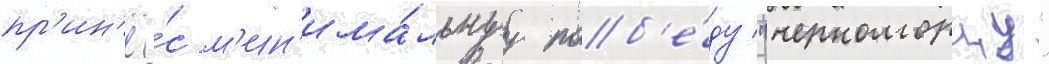
пр'ин'ё́с м'ин'има́льнуу поб'е́ду "черноморцу"